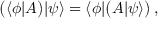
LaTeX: { \bigl ( } \langle \phi | { \boldsymbol { A } } { \bigr ) } | \psi \rangle = \langle \phi | { \bigl ( } { \boldsymbol { A } } | \psi \rangle { \bigr ) } \, ,